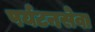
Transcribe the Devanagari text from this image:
पर्यटनसेवा